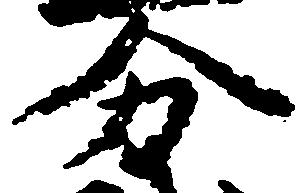
分